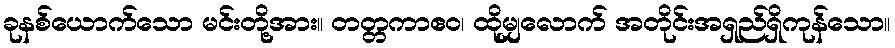
ခုနစ်ယောက်သော မင်းတို့အား။ တတ္တကာဧဝ၊ ထိုမျှလောက် အတိုင်းအရှည်ရှိကုန်သော။